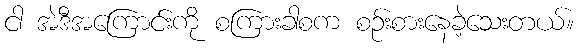
ငါ အဲဒီအကြောင်းကို စကြားခါစက စဉ်းစားနေခဲ့သေးတယ်။